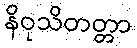
နိဝုသိတတ္တာ